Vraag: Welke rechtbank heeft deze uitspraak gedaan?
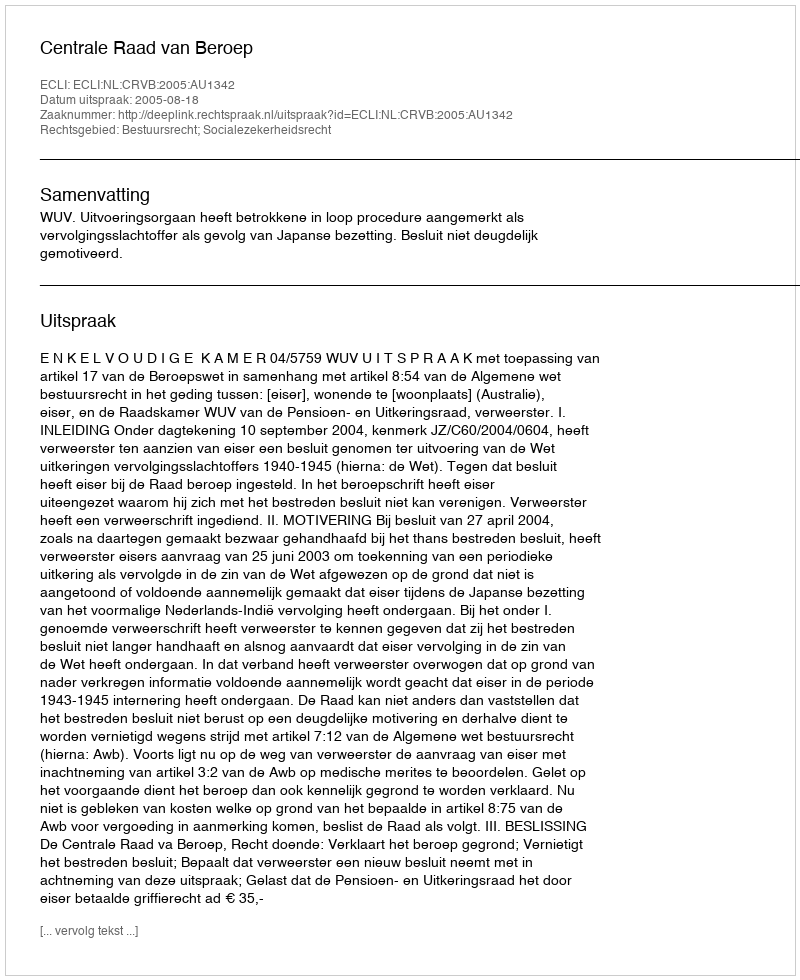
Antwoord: Centrale Raad van Beroep